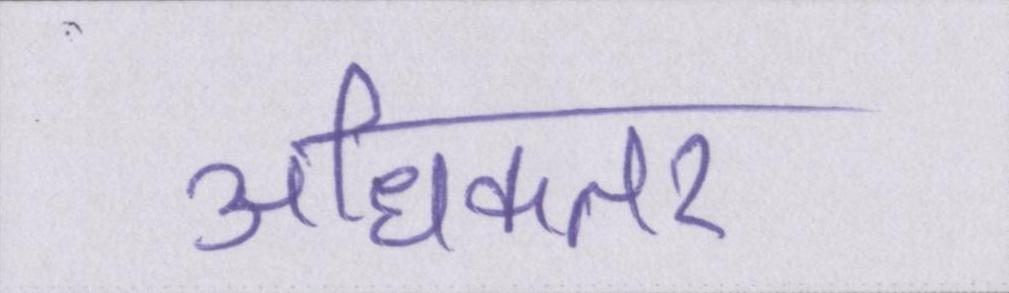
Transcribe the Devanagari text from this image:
अधिकतर